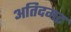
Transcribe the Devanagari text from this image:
अतिदमट